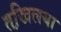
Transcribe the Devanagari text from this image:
तखि़लया